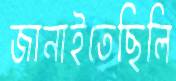
জানাইতেছিলি